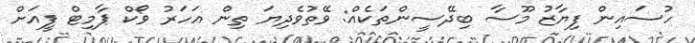
ހުސައިން ފިޔާޒު މޫސާ ބިދޭސީންތަކެއް: ވޭތުވެދިޔަ ތިން އަހަރު ވޯކް ޕާމިޓް ފީއަށް